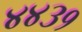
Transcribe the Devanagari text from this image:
४४३१